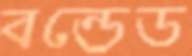
বন্ডেড